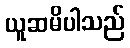
ယူဆမိပါသည်